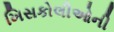
ખિસકોલીઓની